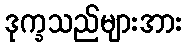
ဒုက္ခသည်များအား